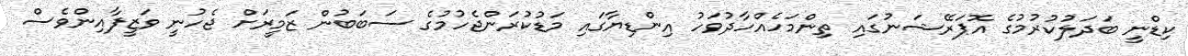
ކިޑްނީ ބަދަލުކުރުމުގެ އޮޕަރޭޝަނުގައި ތިންމަހެއްހާދުވަހު އިންޑިޔާގައި މަޑުކުރަންޖެހުމުގެ ސަބަބުން ޒަމީރަށް ޖެހުނީ ވަޒީފާއިންވެސް